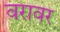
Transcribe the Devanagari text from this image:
वरावर